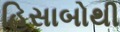
હિસાબોથી